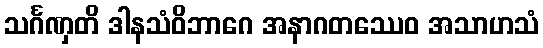
သင်္ဂဏှတိ ဒါနသံဝိဘာဂေ အနာဂတဿေဝ အသာဟသံ